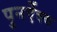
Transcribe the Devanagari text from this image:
पुनर्ऐक्य